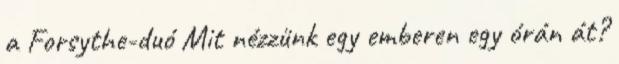
a Forsythe-duó Mit nézzünk egy emberen egy órán át?